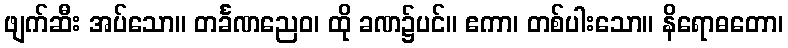
ဖျက်ဆီး အပ်သော။ တင်္ခဏညေဝ၊ ထို ခဏ၌ပင်။ ဧကာ၊ တစ်ပါးသော။ နိရောဓတော၊